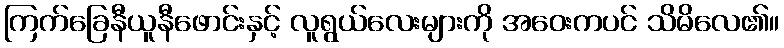
ကြက်ခြေနီယူနီဖောင်းနှင့် လူရွယ်လေးများကို အဝေးကပင် သိမိလေ၏။